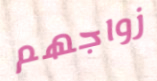
زواجهم